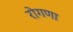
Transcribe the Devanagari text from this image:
रोगणा